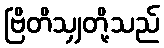
ဗြိတိသျှတို့သည်